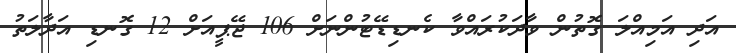
އަދި އަމިއްލަ ގޮތުން ވާދަކުރައްވާ ކެނޑިޑޭޓުންނަށް 106 ޖޭޕީއަށް 12 ގޮނޑި އަދާލަތު